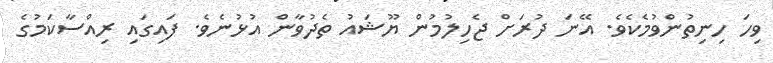
ވިހަ ހިނިތުންވުމެކެވެ. އޭނަ ދުރަށް ޖެހިލުމުން ޔޫޝައު ތެދުވާން އުޅުނެވެ. ފައިގައި ރިއްސާކަމުގެ